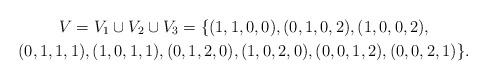
LaTeX: \begin{gather*} V = V_1 \cup V_2 \cup V_3 = \{(1,1,0,0),(0,1,0,2),(1,0,0,2),\\ (0,1,1,1),(1,0,1,1),(0,1,2,0),(1,0,2,0),(0,0,1,2),(0,0,2,1)\}.\end{gather*}